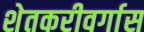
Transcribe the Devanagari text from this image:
शेतकरीवर्गास